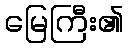
မြေကြီး၏